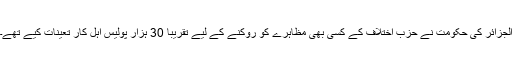
الجزائر کی حکومت نے حزب اختلاف کے کسی بھی مظاہرے کو روکنے کے لیے تقریباً 30 ہزار پولیس اہل کار تعینات کیے تھے۔